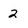
Character: 2